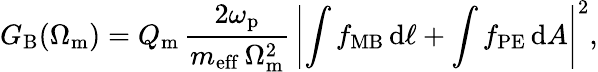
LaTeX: G_{\mathrm{B}}(\Omega_{\mathrm{m}})=Q_{\mathrm{m}}\, \frac{2\omega_{\mathrm{p}}}{m_{\mathrm{eff}}\, \Omega_{\mathrm{m}}^{2}}\, \left|\int f_{\mathrm{MB}}\, \mathrm{d}\ell+\int f_{\mathrm{PE}}\, \mathrm{d}A\right|^{2},